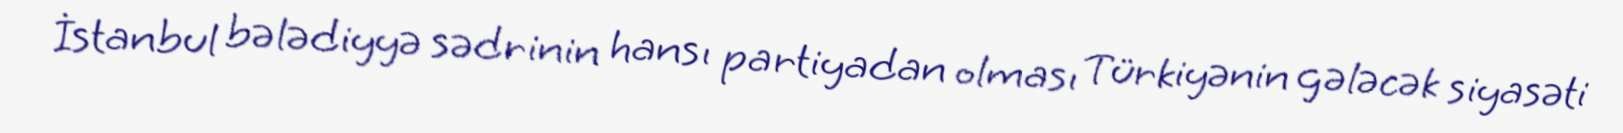
İstanbul bələdiyyə sədrinin hansı partiyadan olması Türkiyənin gələcək siyasəti